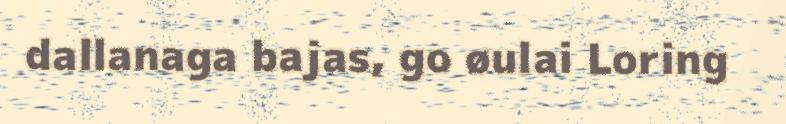
dallanaga bajas, go øulai Loring